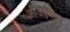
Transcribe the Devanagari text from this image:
आउएर्बच